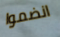
انضموا